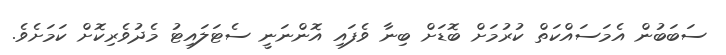
ސަބަބުން އެމަސައްކަތް ކުރުމަށް ބޮޑަށް ބިނާ ވެފައި އޮންނަނީ ސެޓަލައިޓު މެދުވެރިކޮށް ކަމަށެވެ.